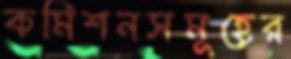
কমিশনসমূহের